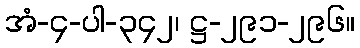
အံ-၄-ပါ-၃၄၂၊ ဋ္ဌ-၂၉၁-၂၉၆။